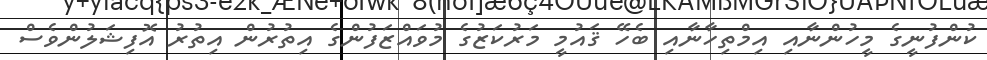
ކުންފުނީގެ މީހުންނާއި އިމްތިހާނާއި ބެހޭ ޤައުމީ މަރުކަޒުގެ މުވައްޒަފުންގެ އިތުރުން އިތުރު އޮފިޝަލުންވެސް